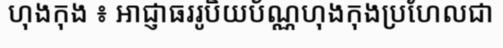
ហុងកុង ៖ អាជ្ញាធររូបិយប័ណ្ណហុងកុងប្រហែលជា